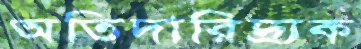
অতিদারিদ্র্যক